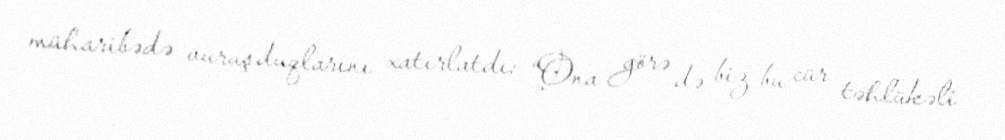
müharibədə vuruşduqlarını xatırlatdı: “Ona görə də biz bu cür təhlükəli